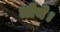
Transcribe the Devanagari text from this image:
धोये।